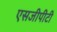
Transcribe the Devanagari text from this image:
एसजीपीटी